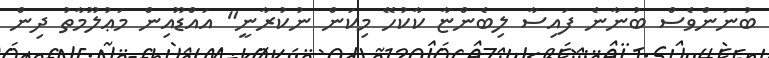
ބުނަންވެސް ބުނާނެ ފައިސާ ލިބެންޏާ ކާކުހޭ މިކަން ނުކުރާނީ" އައްޑޫއިން މަޢުލޫމާތު ދިން